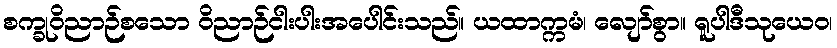
စက္ခုဝိညာဉ်စသော ဝိညာဉ်ငါးပါးအပေါင်းသည်။ ယထာက္ကမံ၊ လျော်စွာ။ ရူပါဒီသုယေဝ၊